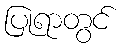
ပြုရာတွင်